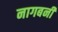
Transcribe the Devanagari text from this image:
नागबनी